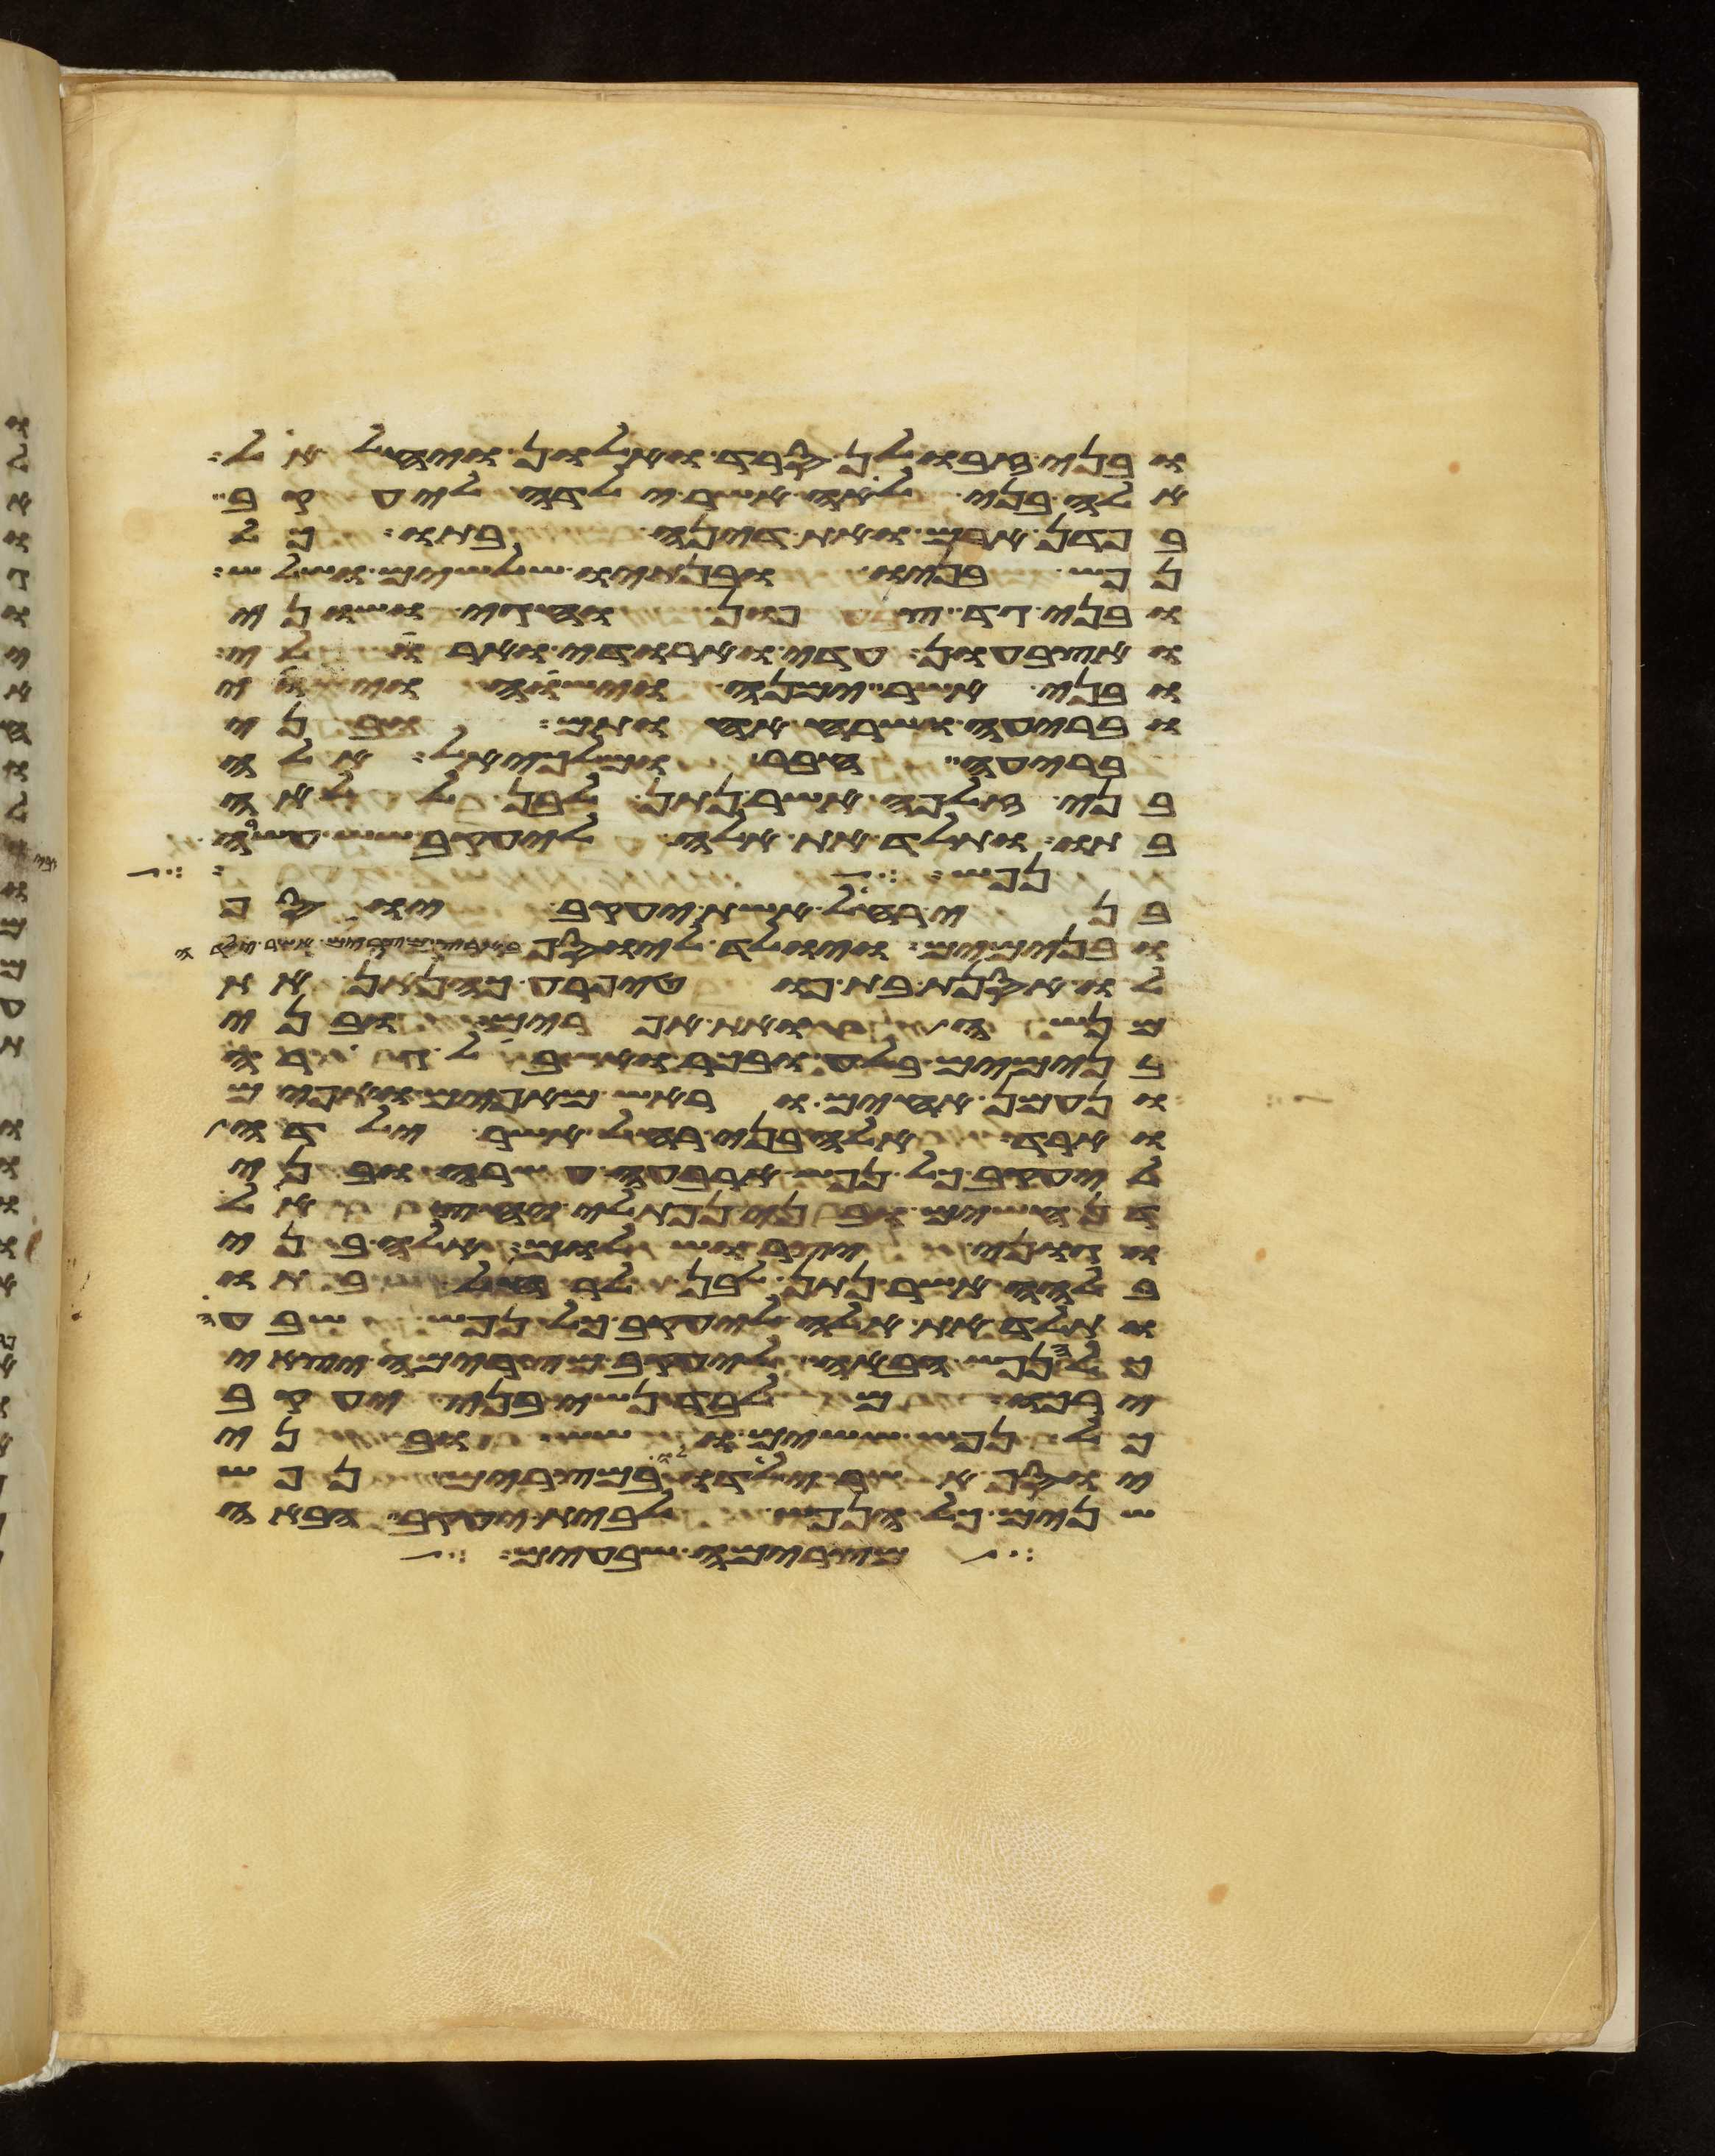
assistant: ובני זבולן סרד ואלון ויחלאל
אלה בני לאה אשר ילדה ליעקב
בפדן ארם ואת דינה בתו כל
נפש בניו ובנתיו שלשים ושלש
ובני גד צפון וחגי ושוני
ואצבעון עדי וארודי וארולי
ובני אשר ימנה וישוה וישוי
ובריעה ושרח אחותם ובני
בריעה חבר ומלכיאל אלה
בני זלפה אשר נתן לבן ללאה
בתו ותלד את אלה ליעקב שש עשרה
נפש או איש
בני רחל אשת יעקב יוסף
ובנימים ויולד ליוסף בארץ מצרים אשר ילדה
לו אסנת בת פוטיפרע כהנאן את
מנשה ואת אפרים ובני
בנימים בלע ובכר ואשבאל גרה
ונעמן אחים וראש מאפים ואפים
וארד אלה בני רחל אשר ילדה
ליעקב כל נפש ארבע עשרה ובני
דן חשים ובני נפתלי יחצאל
וגוני יצר ושלום אלה בני
בלהה אשר נתן לבן לרחל בתו
ותלד את אלה ליעקב כל נפש שבע
כל הנפש הבאה ליעקב מצרימה יצאי
ירכו מלבד נשי בני יעקב
כל נפש ששים ושש ובני
יוסף אשר ילדו לו במצרים נפש
שנים כל הנפש לבית יעקב הבאה
מצרימה שבעים